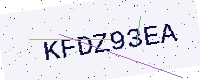
Text: KFDZ93EA